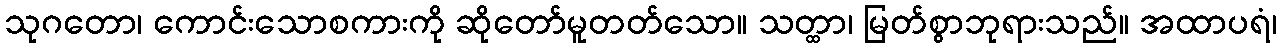
သုဂတော၊ ကောင်းသောစကားကို ဆိုတော်မူတတ်သော။ သတ္ထာ၊ မြတ်စွာဘုရားသည်။ အထာပရံ၊